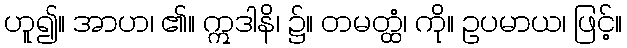
ဟူ၍။ အာဟ၊ ၏။ ဣဒါနိ၊ ၌။ တမတ္ထံ၊ ကို။ ဥပမာယ၊ ဖြင့်။